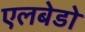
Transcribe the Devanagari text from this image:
एलबेडो